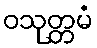
ဝသုတ္တမံ